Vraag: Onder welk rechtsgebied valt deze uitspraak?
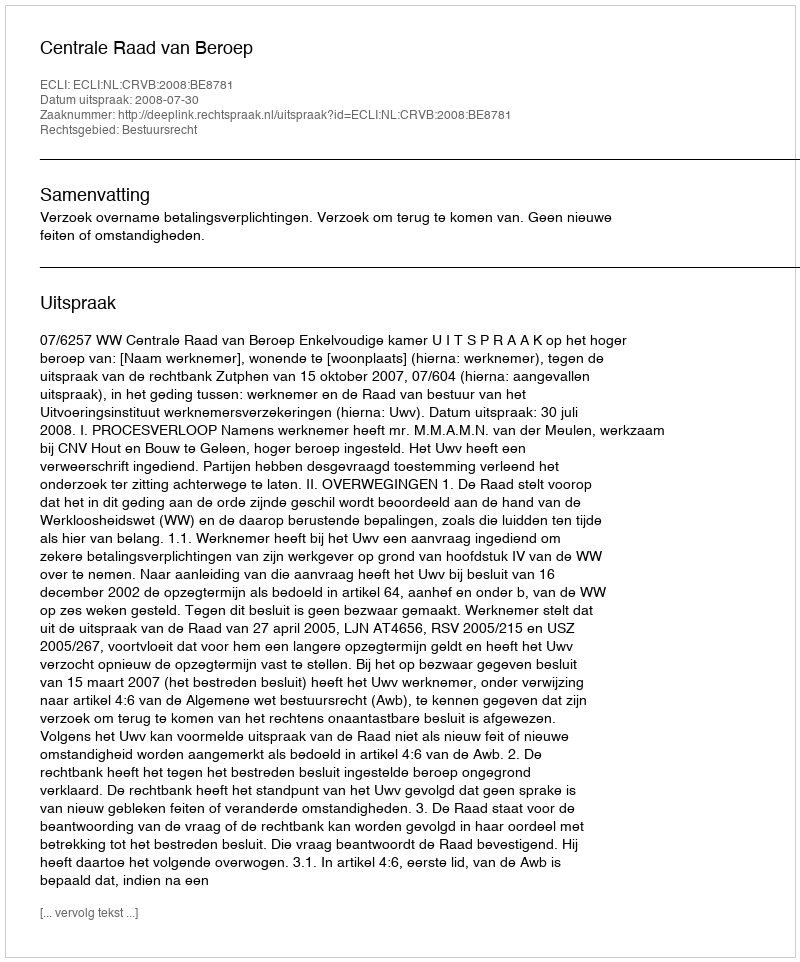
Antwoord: Bestuursrecht